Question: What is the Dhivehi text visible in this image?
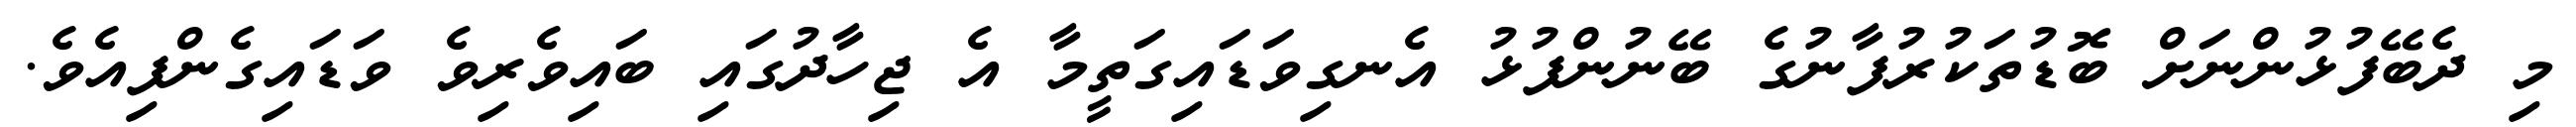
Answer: މި ދެބޭފުޅުންނަށް ބޮޑުތަކުރުފާނުގެ ބޭނުންފުޅު އެނގިވަޑައިގަތީމާ އެ ޖިހާދުގައި ބައިވެރިވެ ވަޑައިގެންފިއެވެ.